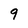
Character: 9